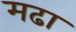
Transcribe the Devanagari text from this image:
मढा